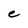
Character: e